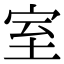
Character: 室